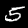
Label: 5